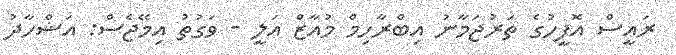
ރައީސް އޮފީހުގެ ތަރުޖަމާނު އިބްރާހިމް މުއާޒް އަލީ - ވަގުތު އިމޭޖެސް: އަޝްހާދު